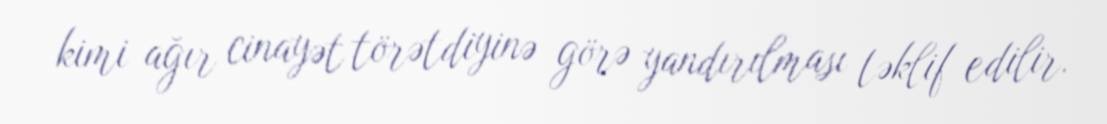
kimi ağır cinayət törətdiyinə görə yandırılması təklif edilir.